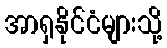
အာရှနိုင်ငံများသို့